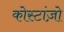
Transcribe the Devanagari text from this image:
कोस्टांज़ो